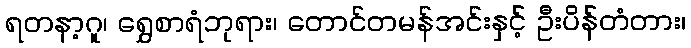
ရတနာ့ဂူ၊ ရွှေစာရံဘုရား၊ တောင်တမန်အင်းနှင့် ဦးပိန်တံတား၊